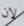
لان